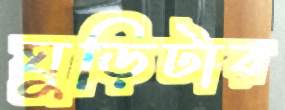
ঘুড়িটার